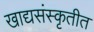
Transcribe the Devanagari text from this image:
खाद्यसंस्कृतीत